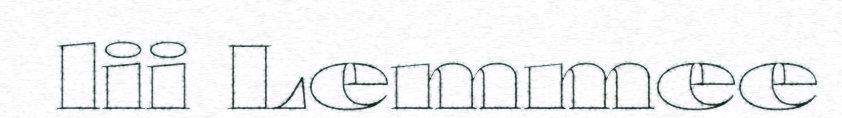
lii Lemmee